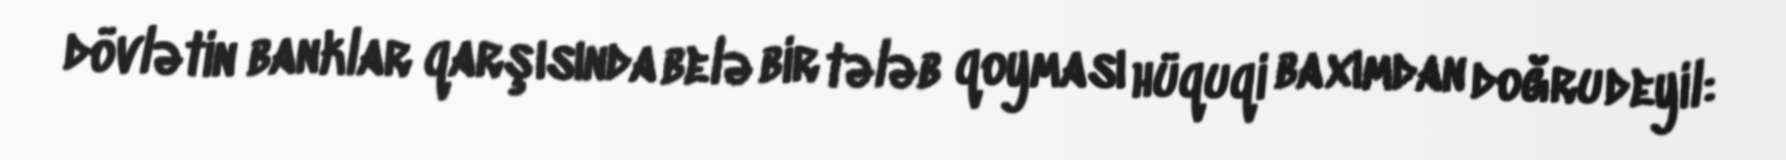
dövlətin banklar qarşısında belə bir tələb qoyması hüquqi baxımdan doğru deyil: